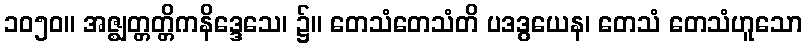
၁၀၅၀။ အဇ္ဈတ္တတ္တိကနိဒ္ဒေသေ၊ ၌။ တေသံတေသံတိ ပဒဒွယေန၊ တေသံ တေသံဟူသော